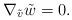
LaTeX: \begin{align*}\nabla_{\tilde{v}}\tilde{w}=0.\end{align*}